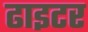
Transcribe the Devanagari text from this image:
ढाइटर